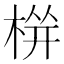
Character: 𱣫